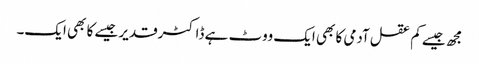
مجھ جیسے کم عقل آدمی کا بھی ایک ووٹ ہے ڈاکٹرقدیر جیسے کا بھی ایک۔